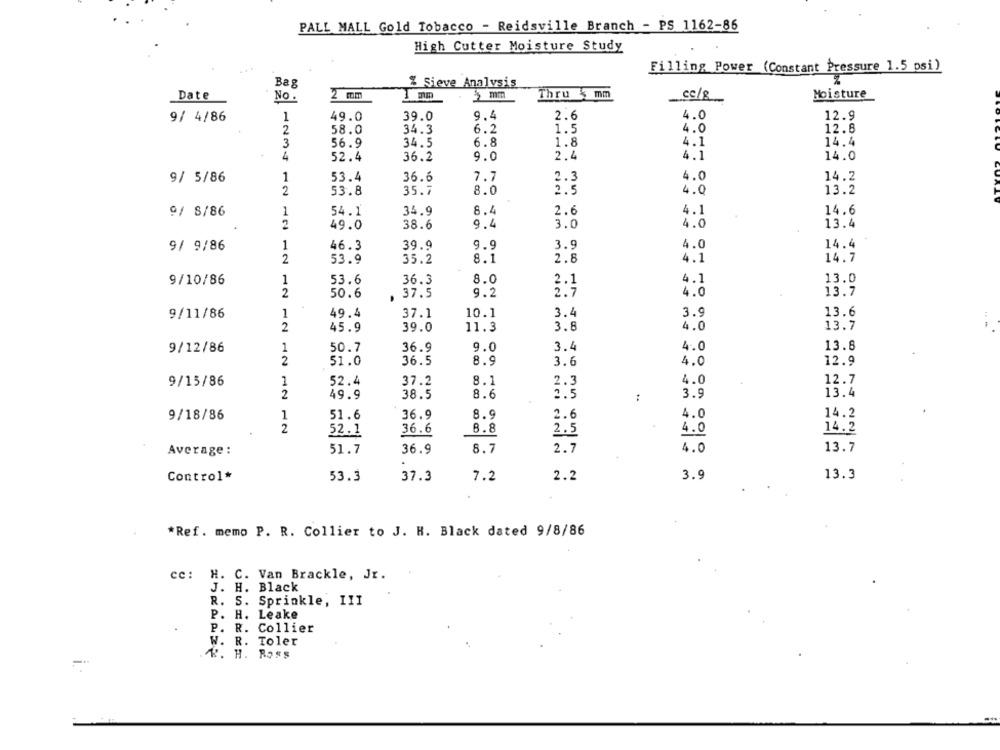
PALL MALL Gold Tobacco - Reidsville Branch - PS 1162-86
High Cutter Moisture Study
.. .
Filling Power (Constant Pressure 1.5 psi)
Bag
% Sieve Analysis
Date
2 mm
5 mm
Thru mm
Se/8
Moisture
No.
9/ 4/86
1
49.0
39.0
9.4
2.6
4.0
12.9
12.8
2
58.0
34.3
6.2
1.5
4.0
3
56.9
34.5
6.8
1.8
4.1
14.4
4
52.4
36.2
9.0
2.4
4.1
14.0
9/ 5/86
1
53.4
36.6
7.7
2.3
4.0
14.2
2
53.8
35.7
8.0
2.5
4.0
13.2
1
34.9
8.4
2.6
14.6
9/ S/86
54.1
4.1
2
38.6
9.4
3.0
4.0
13.4
49.0
9/ 9/86
1
46.3
39.9
9.9
3.9
4.0
14.4
2
53.9
35.2
8.1
2.8
4.1
14.7
1
9/10/86
53.6
36.3
8.0
2.1
4.1
13.0
2
37.5
2.7
4.0
13.7
50.6
9.2
9/11/86
1
49.4
37.1
10.1
3.4
3.9
13.6
2
45.9
39.0
11.3
3.8
4.0
13.7
1
13.8
9/12/86
50.7
36.9
9.0
3.4
4.0
2
36.5
8.9
12.9
51.0
3.6
4.0
9/15/86
1
52.4
37.2
8.1
2.3
4.0
12.7
2
49.9
38.5
8.6
2.5
:
3.9
13.4
14.2
9/18/86
1
51.6
36.9
8.9
2.6
4.0
2
8.8
14.2
52.1
36.6
2.5
4.0
Average :
51.7
36.9
8.7
2.7
4.0
13.7
Control*
53.3
37.3
7.2
2.2
3.9
13.3
*Ref. memo P. R. Collier to J. H. Black dated 9/8/86
cc: H. C. Van Brackle, Jr.
J. H. Black
R. S. Sprinkle, III
P. H. Leake
P. R. Collier
W. R. Toler
4. H. Ross